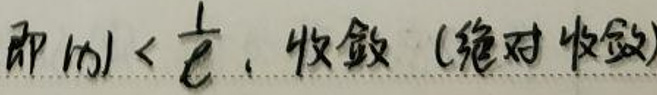
即\(|n| < \frac{1}{t},收敛(绝对收敛)